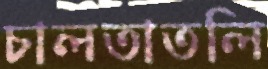
চালতাতলি